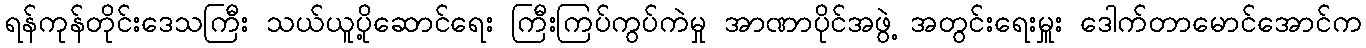
ရန်ကုန်တိုင်းဒေသကြီး သယ်ယူပို့ဆောင်ရေး ကြီးကြပ်ကွပ်ကဲမှု အာဏာပိုင်အဖွဲ့ အတွင်းရေးမှူး ဒေါက်တာမောင်အောင်က